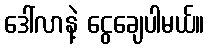
ဒေါ်လာနဲ့ ငွေချေပါမယ်။